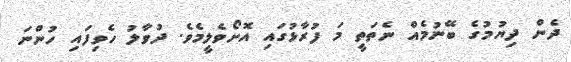
ދެން ދިޔުމުގެ ބޭނުމެއް ނެތަތީ މަ ފުރާޅުގައި އޮށޯވެލީމެވެ. ދުވާލު ހެވިފައި ހުންނަ